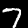
Digit: 7